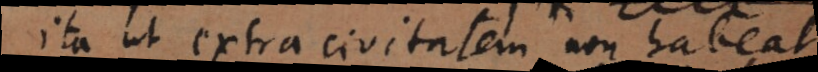
ita ut extra civitatem non habeat